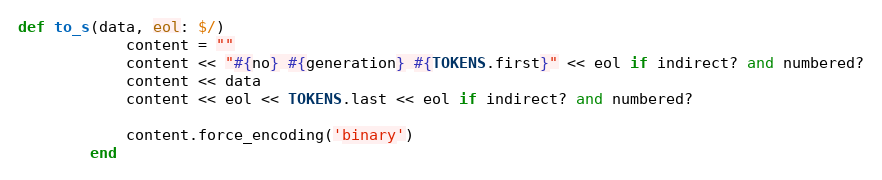
Language: Ruby
def to_s(data, eol: $/)
            content = ""
            content << "#{no} #{generation} #{TOKENS.first}" << eol if indirect? and numbered?
            content << data
            content << eol << TOKENS.last << eol if indirect? and numbered?

            content.force_encoding('binary')
        end